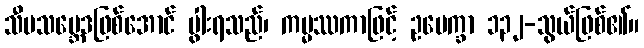
သီမသမ္ဘေဒဖြစ်အောင် ပွါးရသည်၊ ကမ္မဿကာဖြင့် ဥပေက္ခာ ၁၃၂-သွယ်ဖြစ်၏။